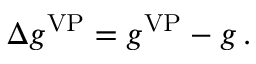
\Delta { g } ^ { \mathrm { V P } } = g ^ { \mathrm { V P } } - g \, .